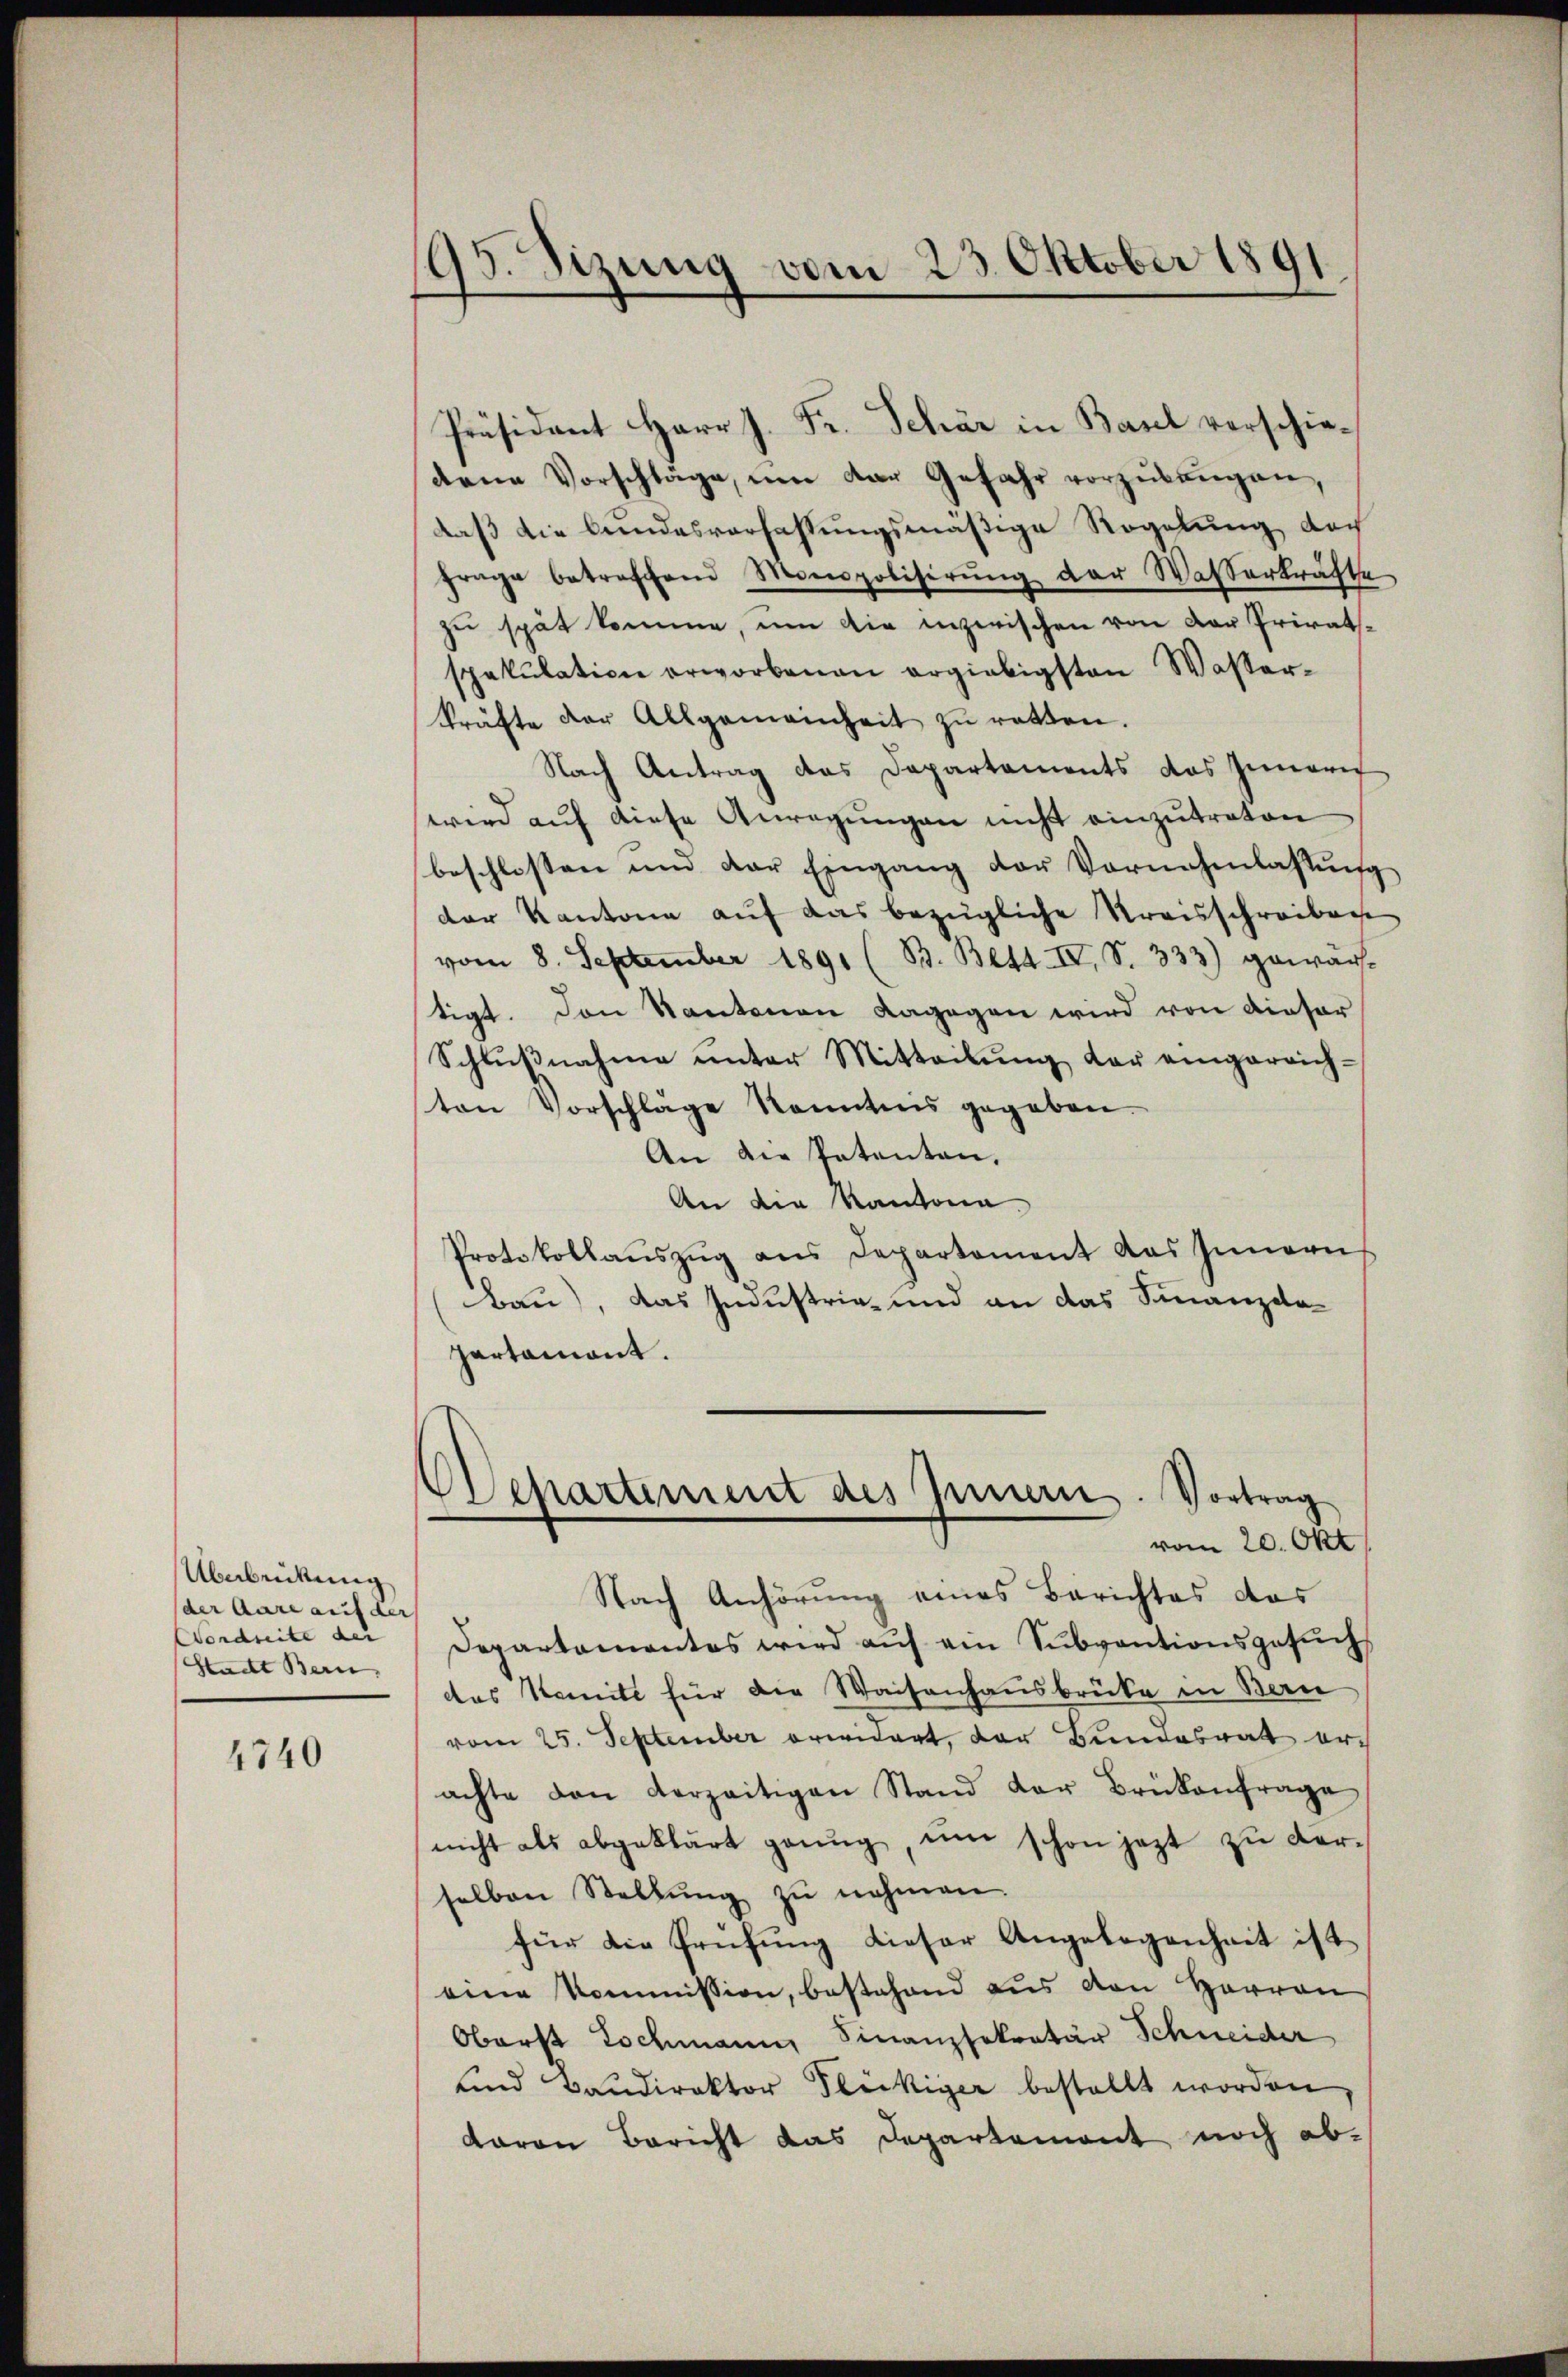
Überbrückung
(der Aare auf der
Vondseite der
Stadt Bern,

4740

95. Sizung vom 23. Oktober 1891

dene Vorschläge, ŭm der Gefahr vorzŭbangen,
daß die bundesverfassungsmäßige Regelung doch
frage betreffend Monspolisirŭng der Wasserkräfte
zu spät komme, um die inzwischen von der Privatspakŭlation erworbenen ergiebigsten Wasser-
kräfte der Allgemeinheit zŭ retten.
Nach Antrag des Departements das Innern
wird aŭf diese Anregŭngen nicht einzutreten
beschlossen und der Eingang der Vornahmlassŭng
der Kantone auf das bezügliche Kreisschreiben
vom 8. September 1891 (B. Bett. IV, S. 333) gewärtigt. Den Kantonen dagegen wird von dieser
Schlußnahme unter Mitteilung der eingereich-
ton Vorschläge konntnis gegeben
An die Patenten,
An die Kantona
Protokollaŭszŭg ans Departement das Innern
Bau), das Industrie- und an das Finanzda
partamont.

Präsident Herr J. Fr. Schär in Basel verschie¬

Oschartement des Innern. Vortrag
vom 20. Okt

Nach Anhörung eines Berichtes das
Departamantes wird auf ein Subventionsgesuch
das Komite für die Waisenhausbrücke in Bern
vom 25. September erwidert, der Bundesrat erachte von derzeitigen Stand der Brükenfrage
nicht als abgeklärt genug, um schon jezt zu verselben Stellŭng zŭ nehmen.
für die Prüfung dieser Angelegenheit ist.
eine Kommission, bestehend aus von Herren
Oberst Lochmann Finanzsekretär Schneider
und Baŭdirektor Fleckiger bestellt worden,
Baron Bericht das Departement noch ab¬